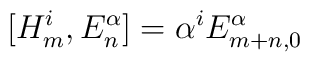
[H^{i}_{m}, E^{\alpha}_{n}] = \alpha^{i}E^{\alpha}_{m+n,0}